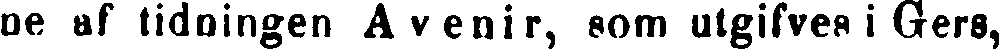
ne af tidningen Avenir, som utgifves i Gers,